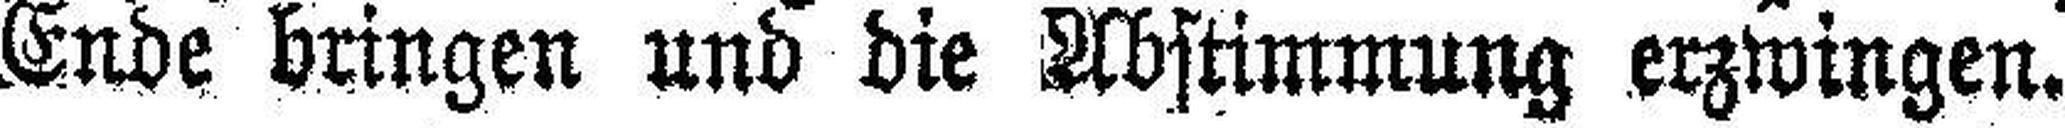
Ende bringen und die Ubstimmung erzwingen.